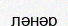
ләнәр